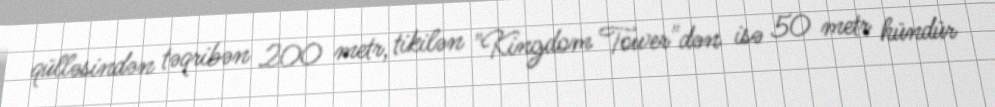
qülləsindən təqribən 200 metr, tikilən "Kingdom Tower"dən isə 50 metr hündür